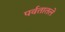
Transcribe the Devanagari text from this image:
पर्वतातले